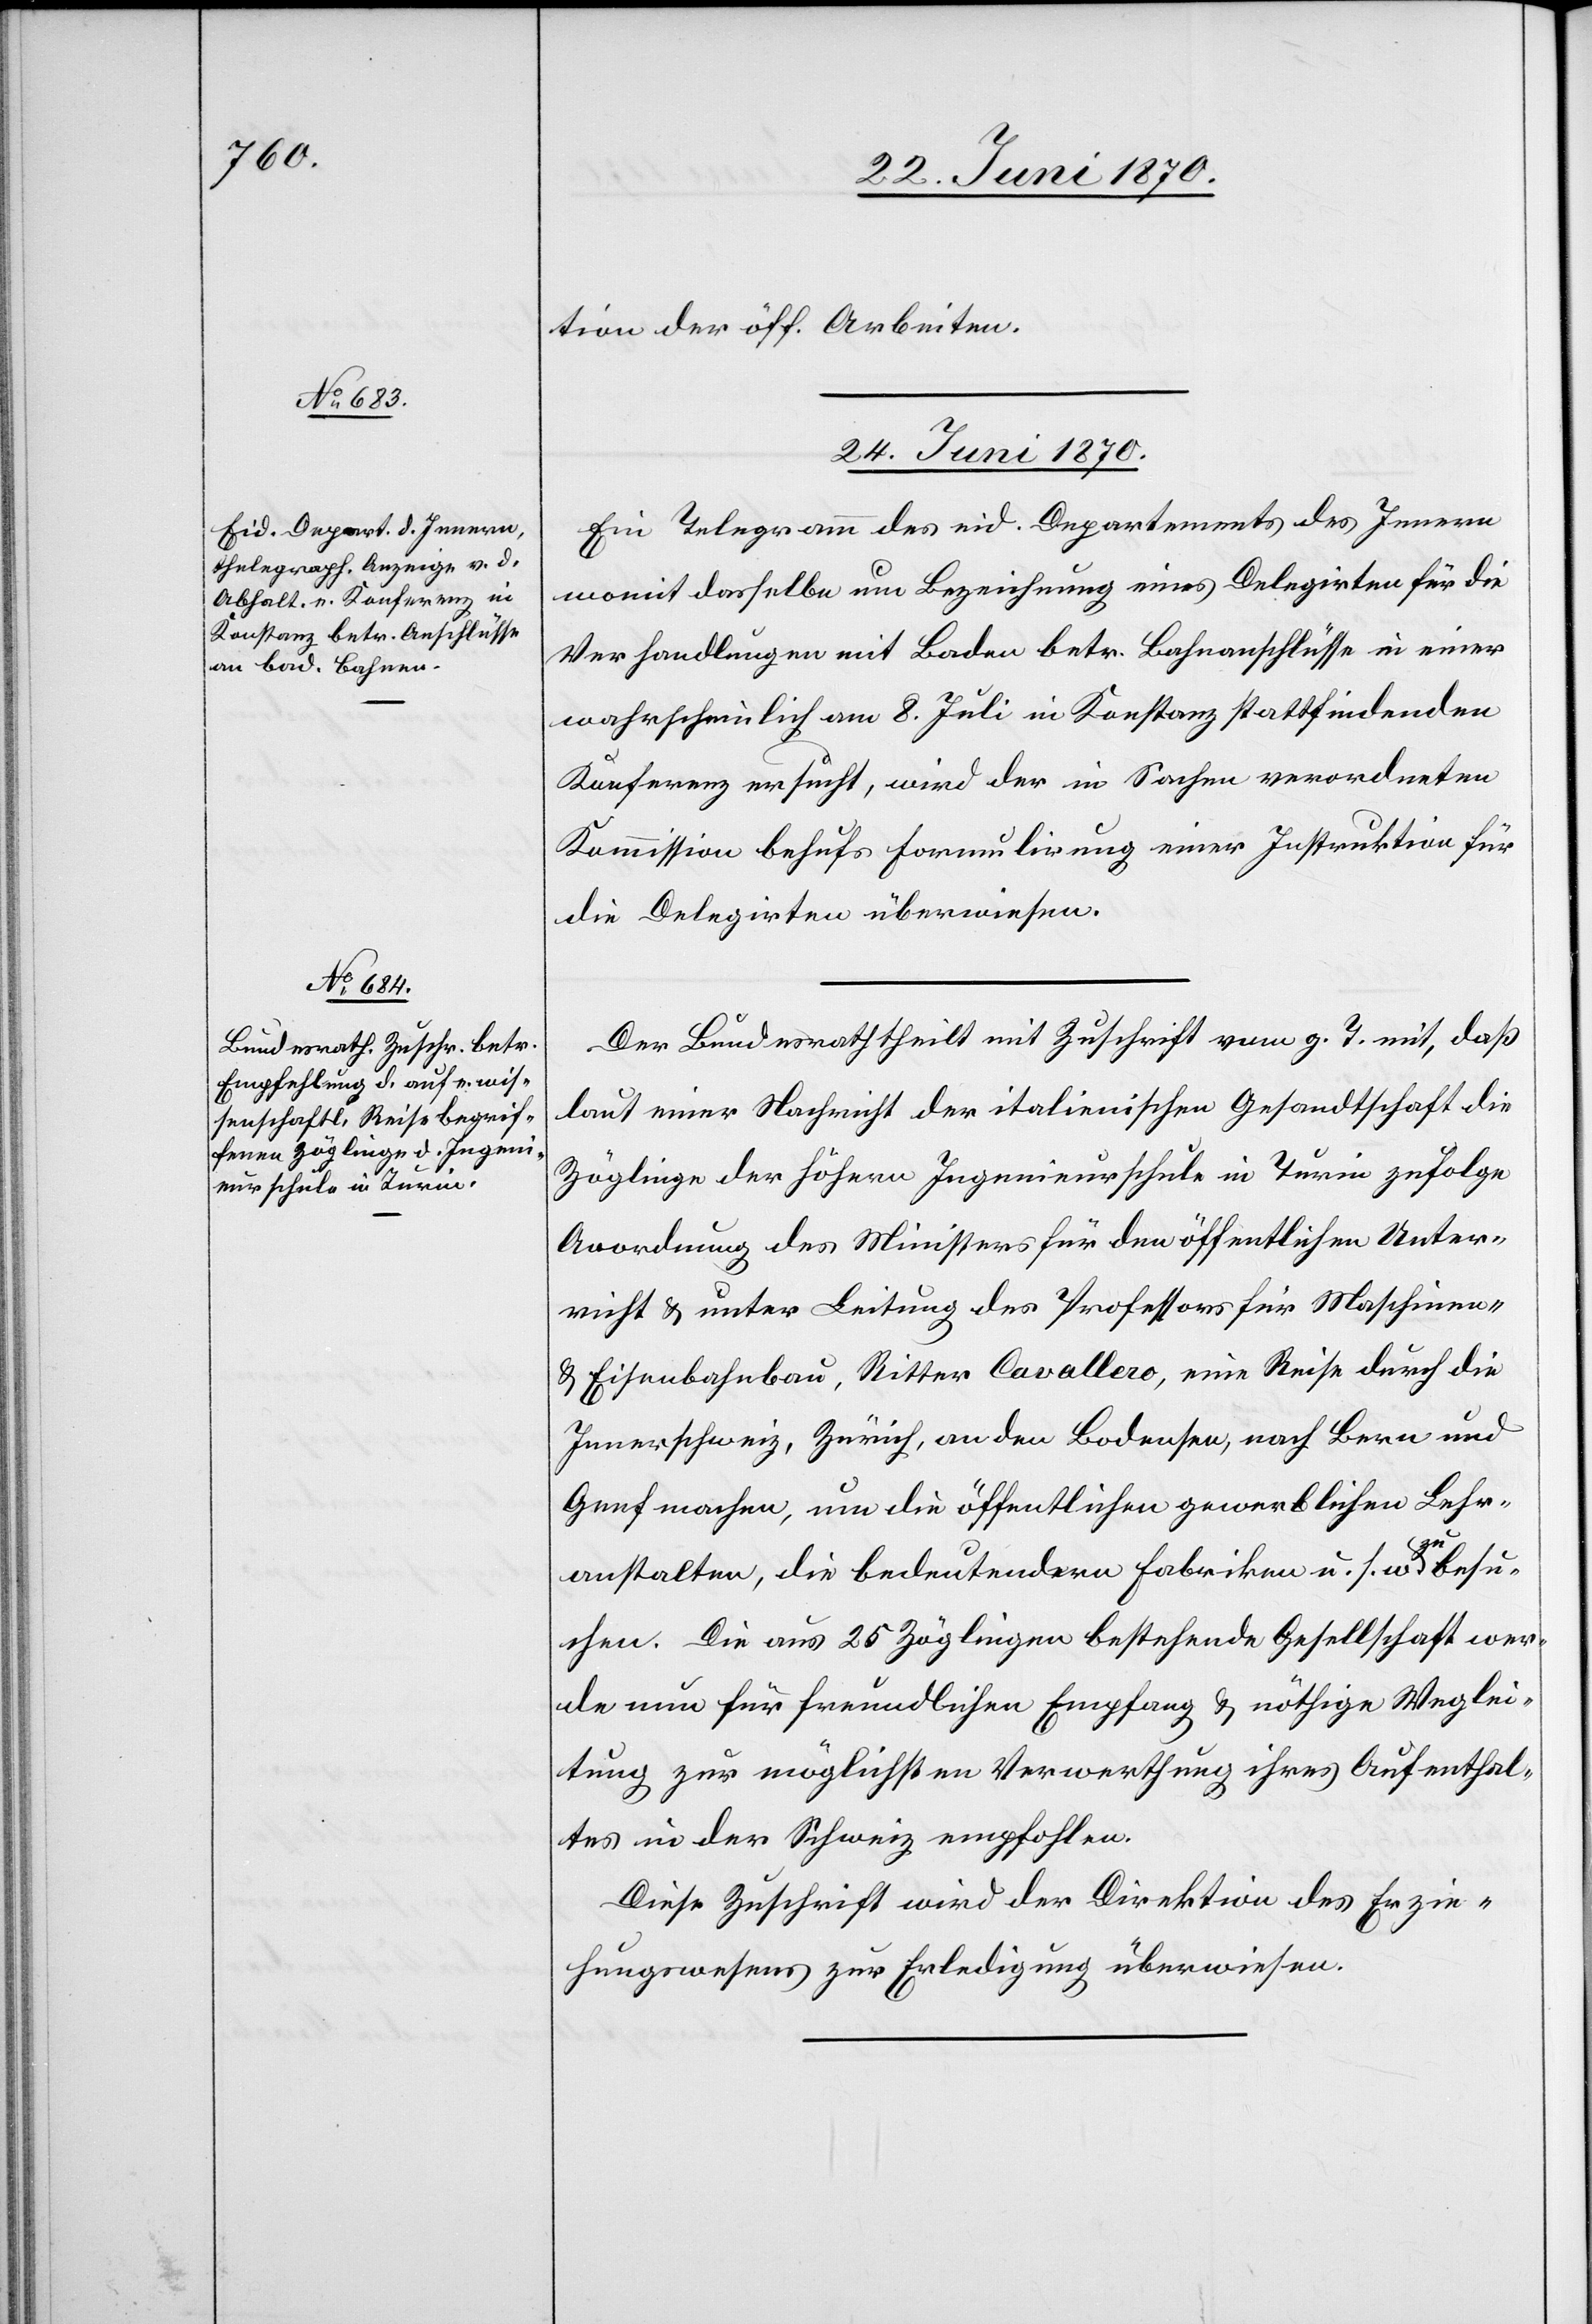
tion der öff. Arbeiten.
24. Juni 1870.]
Ein Telegramm des eid. Departements des Innern
womit dasselbe um Bezeichnung eines Delegirten für die
Verhandlungen mit Baden betr. Bahnanschlüsse in einer
wahrscheinlich am 8. Juli in Konstanz stattfindenden
Konferenz ersucht, wird der in Sachen verordneten
Kommission behufs Formulirung einer Instruktion für
die Delegirten überwiesen.
Der Bundesrath theilt mit Zuschrift vom g. T. mit, daß
laut einer Nachricht der italienischen Gesandtschaft die
Zöglinge der höhern Ingenieurschule in Turin zufolge
Anordnung des Ministers für den öffentlichen Unter¬
richt & unter Leitung des Professors für Maschinen-
& Eisenbahnbau, Ritter Cavallero, eine Reise durch die
Innerschweiz, Zürich, an den Bodensee, nach Bern und
Genf machen, um die öffentlichen gewerblichen Lehr¬
anstalten, die bedeutenden Fabriken u. s. w. zu besu¬
chen. Die aus 25 Zöglingen bestehende Gesellschaft wer¬
de nun für freundlichen Empfang & nöthige Weglei¬
tung zur möglichsten Verwerthung ihres Aufenthal¬
tes in der Schweiz empfohlen.
Diese Zuschrift wird der Direktion des Erzie¬
hungswesens zur Erledigung überwiesen.